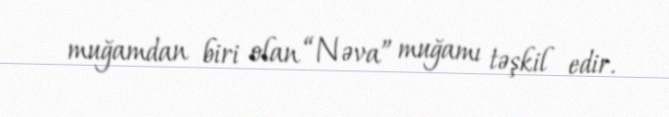
muğamdan biri olan “Nəva” muğamı təşkil edir.